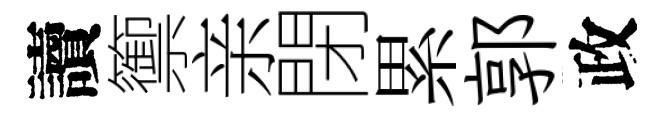
讀籞亲閉累郭政